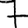
Digit: 7